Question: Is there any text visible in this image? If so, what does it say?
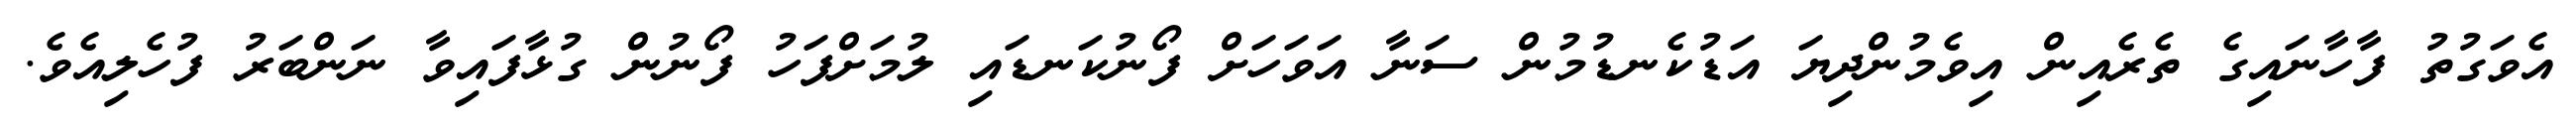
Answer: އެވަގުތު ފާހާނައިގެ ތެރެއިން އިވެމުންދިޔަ އަޑުކެނޑުމުން ސަނާ އަވަހަށް ފޯނުކަނޑައި ލުމަށްފަހު ފޯނުން ގުޅާފައިވާ ނަންބަރު ފުހެލިއެވެ.